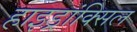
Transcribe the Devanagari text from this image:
हाइड्रांक्सिल